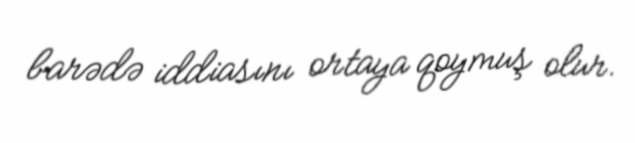
barədə iddiasını ortaya qoymuş olur.